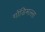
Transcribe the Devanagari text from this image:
गोंडिमल्ला